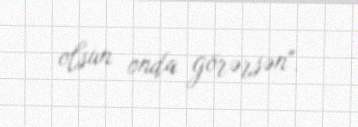
olsun onda görərsən".